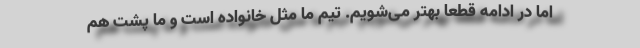
اما در ادامه قطعا بهتر می‌شویم. تیم ما مثل خانواده‌ است و ما پشت هم